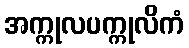
အက္ကုလပက္ကုလိကံ